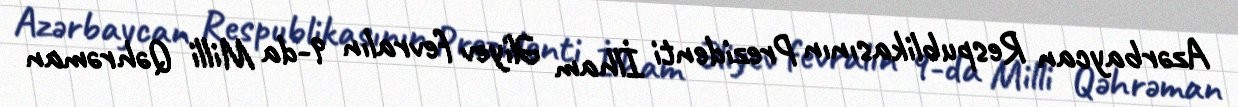
Azərbaycan Respublikasının Prezidenti İlham Əliyev fevralın 9-da Milli Qəhrəman